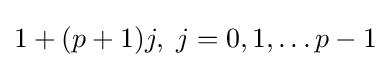
1+(p+1)j,\;j=0,1,\dots p-1